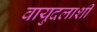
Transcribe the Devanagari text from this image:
वायुदलाशी